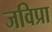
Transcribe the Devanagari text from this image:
जविप्रा